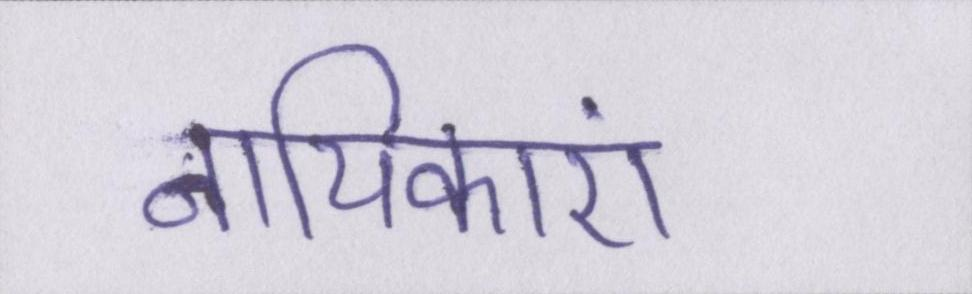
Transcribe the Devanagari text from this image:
नायिकाएं